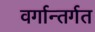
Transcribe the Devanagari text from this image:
वर्गान्तर्गत